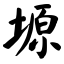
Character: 塬